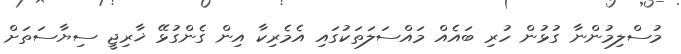
މުސްލިމުންނާ ގުޅުން ހުރި ބައެއް މައްސަލަތަކުގައި އެމެރިކާ އިން ގެންގުޅޭ ޚާރިޖީ ސިޔާސަތަށް